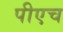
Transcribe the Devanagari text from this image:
पीएच